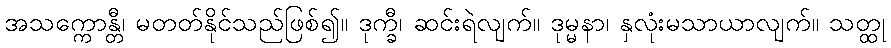
အသက္ကောန္တီ၊ မတတ်နိုင်သည်ဖြစ်၍။ ဒုက္ခီ၊ ဆင်းရဲလျက်။ ဒုမ္မနာ၊ နှလုံးမသာယာလျက်။ သတ္ထု